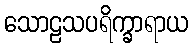
သောဠသပရိက္ခာရာယ